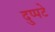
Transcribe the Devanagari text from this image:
दुप्पटे